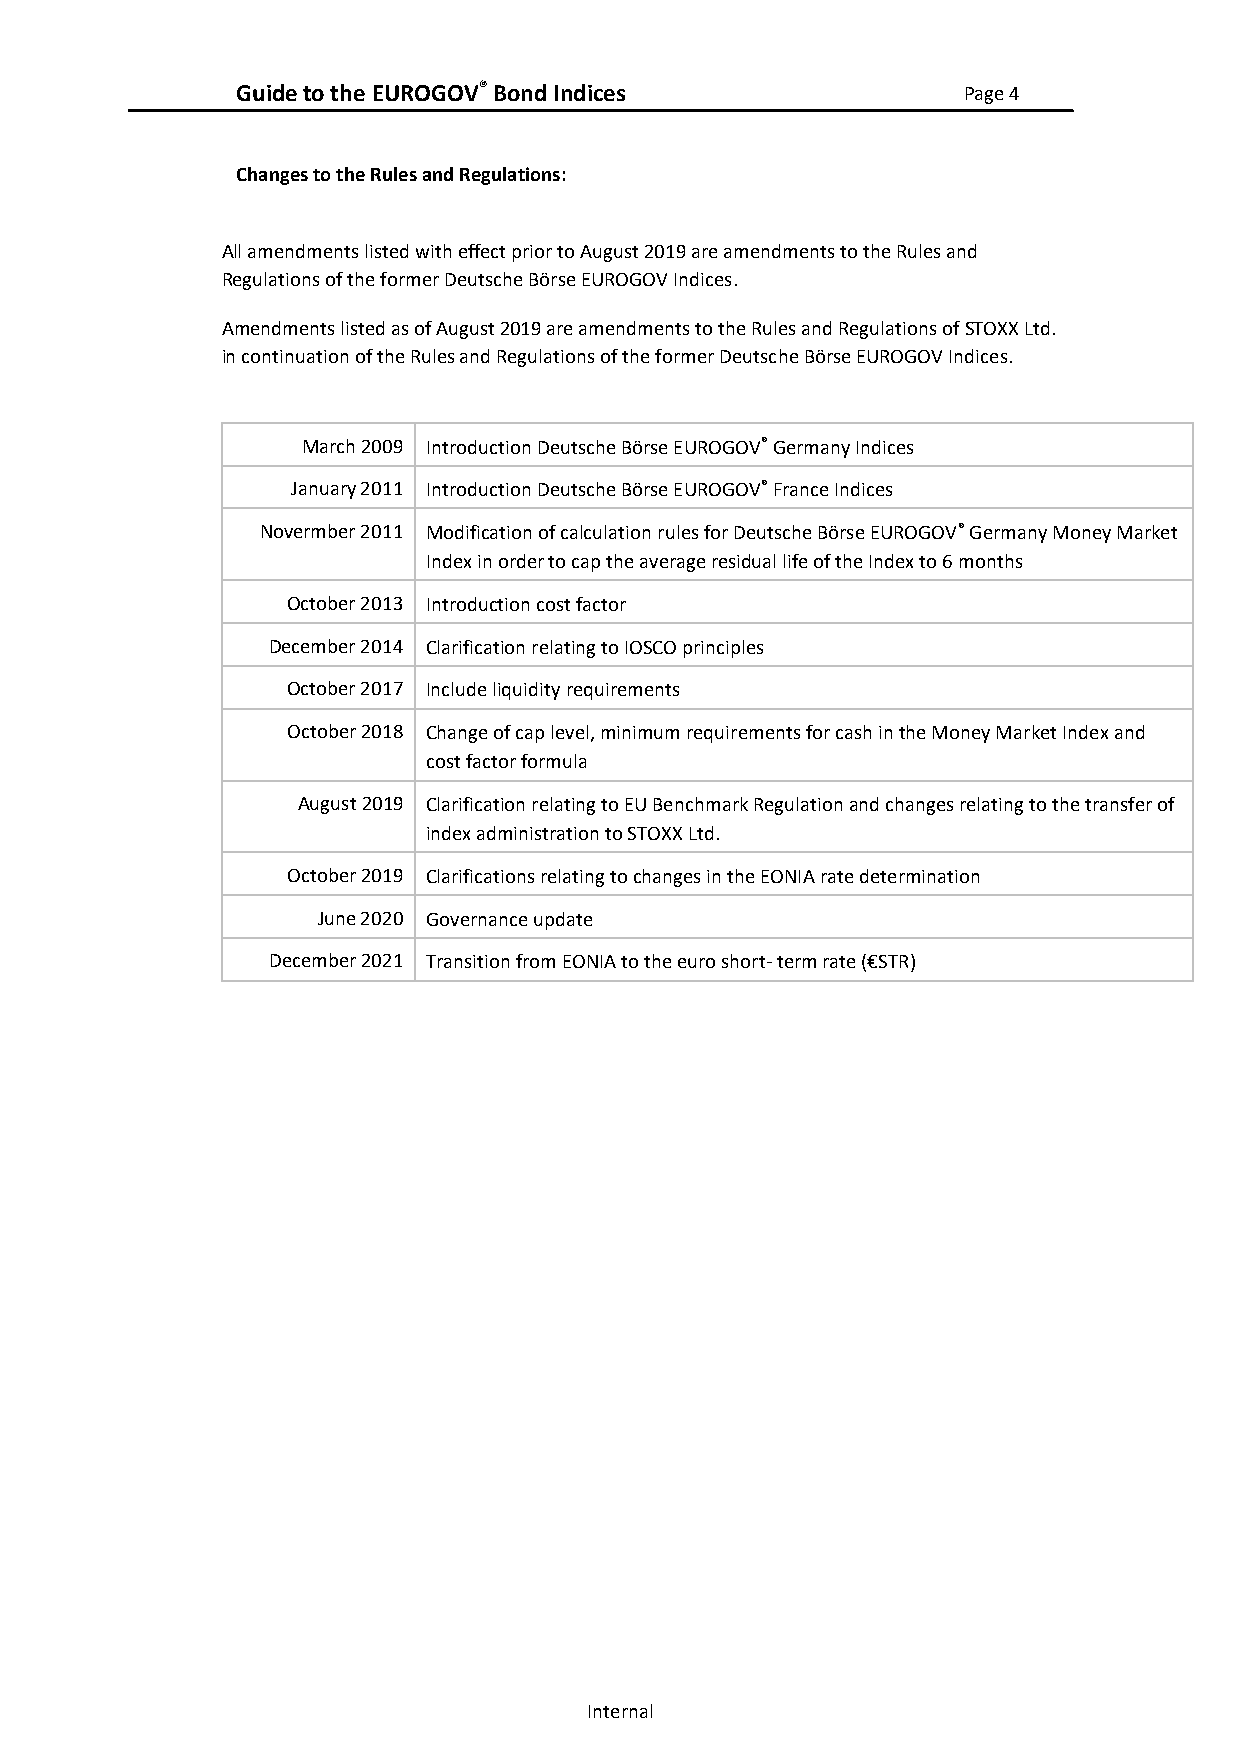
Guide to the EUROGOV® Bond Indices              Page 4
 Changes to the Rules and Regulations:
 All amendments listed with effect prior to August 2019 are amendments to the Rules and
 Regulations of the former Deutsche Börse EUROGOV Indices.
 Amendments listed as of August 2019 are amendments to the Rules and Regulations of STOXX Ltd.
 in continuation of the Rules and Regulations of the former Deutsche Börse EUROGOV Indices.
 March 2009 Introduction Deutsche Börse EUROGOV® Germany Indices
 January 2011 Introduction Deutsche Börse EUROGOV® France Indices
 Novermber 2011 Modification of calculation rules for Deutsche Börse EUROGOV® Germany Money Market
 Index in order to cap the average residual life of the Index to 6 months
 October 2013 Introduction cost factor
 December 2014 Clarification relating to IOSCO principles
 October 2017 Include liquidity requirements
 October 2018 Change of cap level, minimum requirements for cash in the Money Market Index and
 cost factor formula
 August 2019 Clarification relating to EU Benchmark Regulation and changes relating to the transfer of
 index administration to STOXX Ltd.
 October 2019 Clarifications relating to changes in the EONIA rate determination
 June 2020 Governance update
 December 2021 Transition from EONIA to the euro short- term rate (€STR)
 Internal